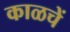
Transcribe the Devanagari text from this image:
काळचें